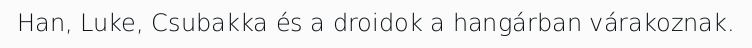
Han, Luke, Csubakka és a droidok a hangárban várakoznak.